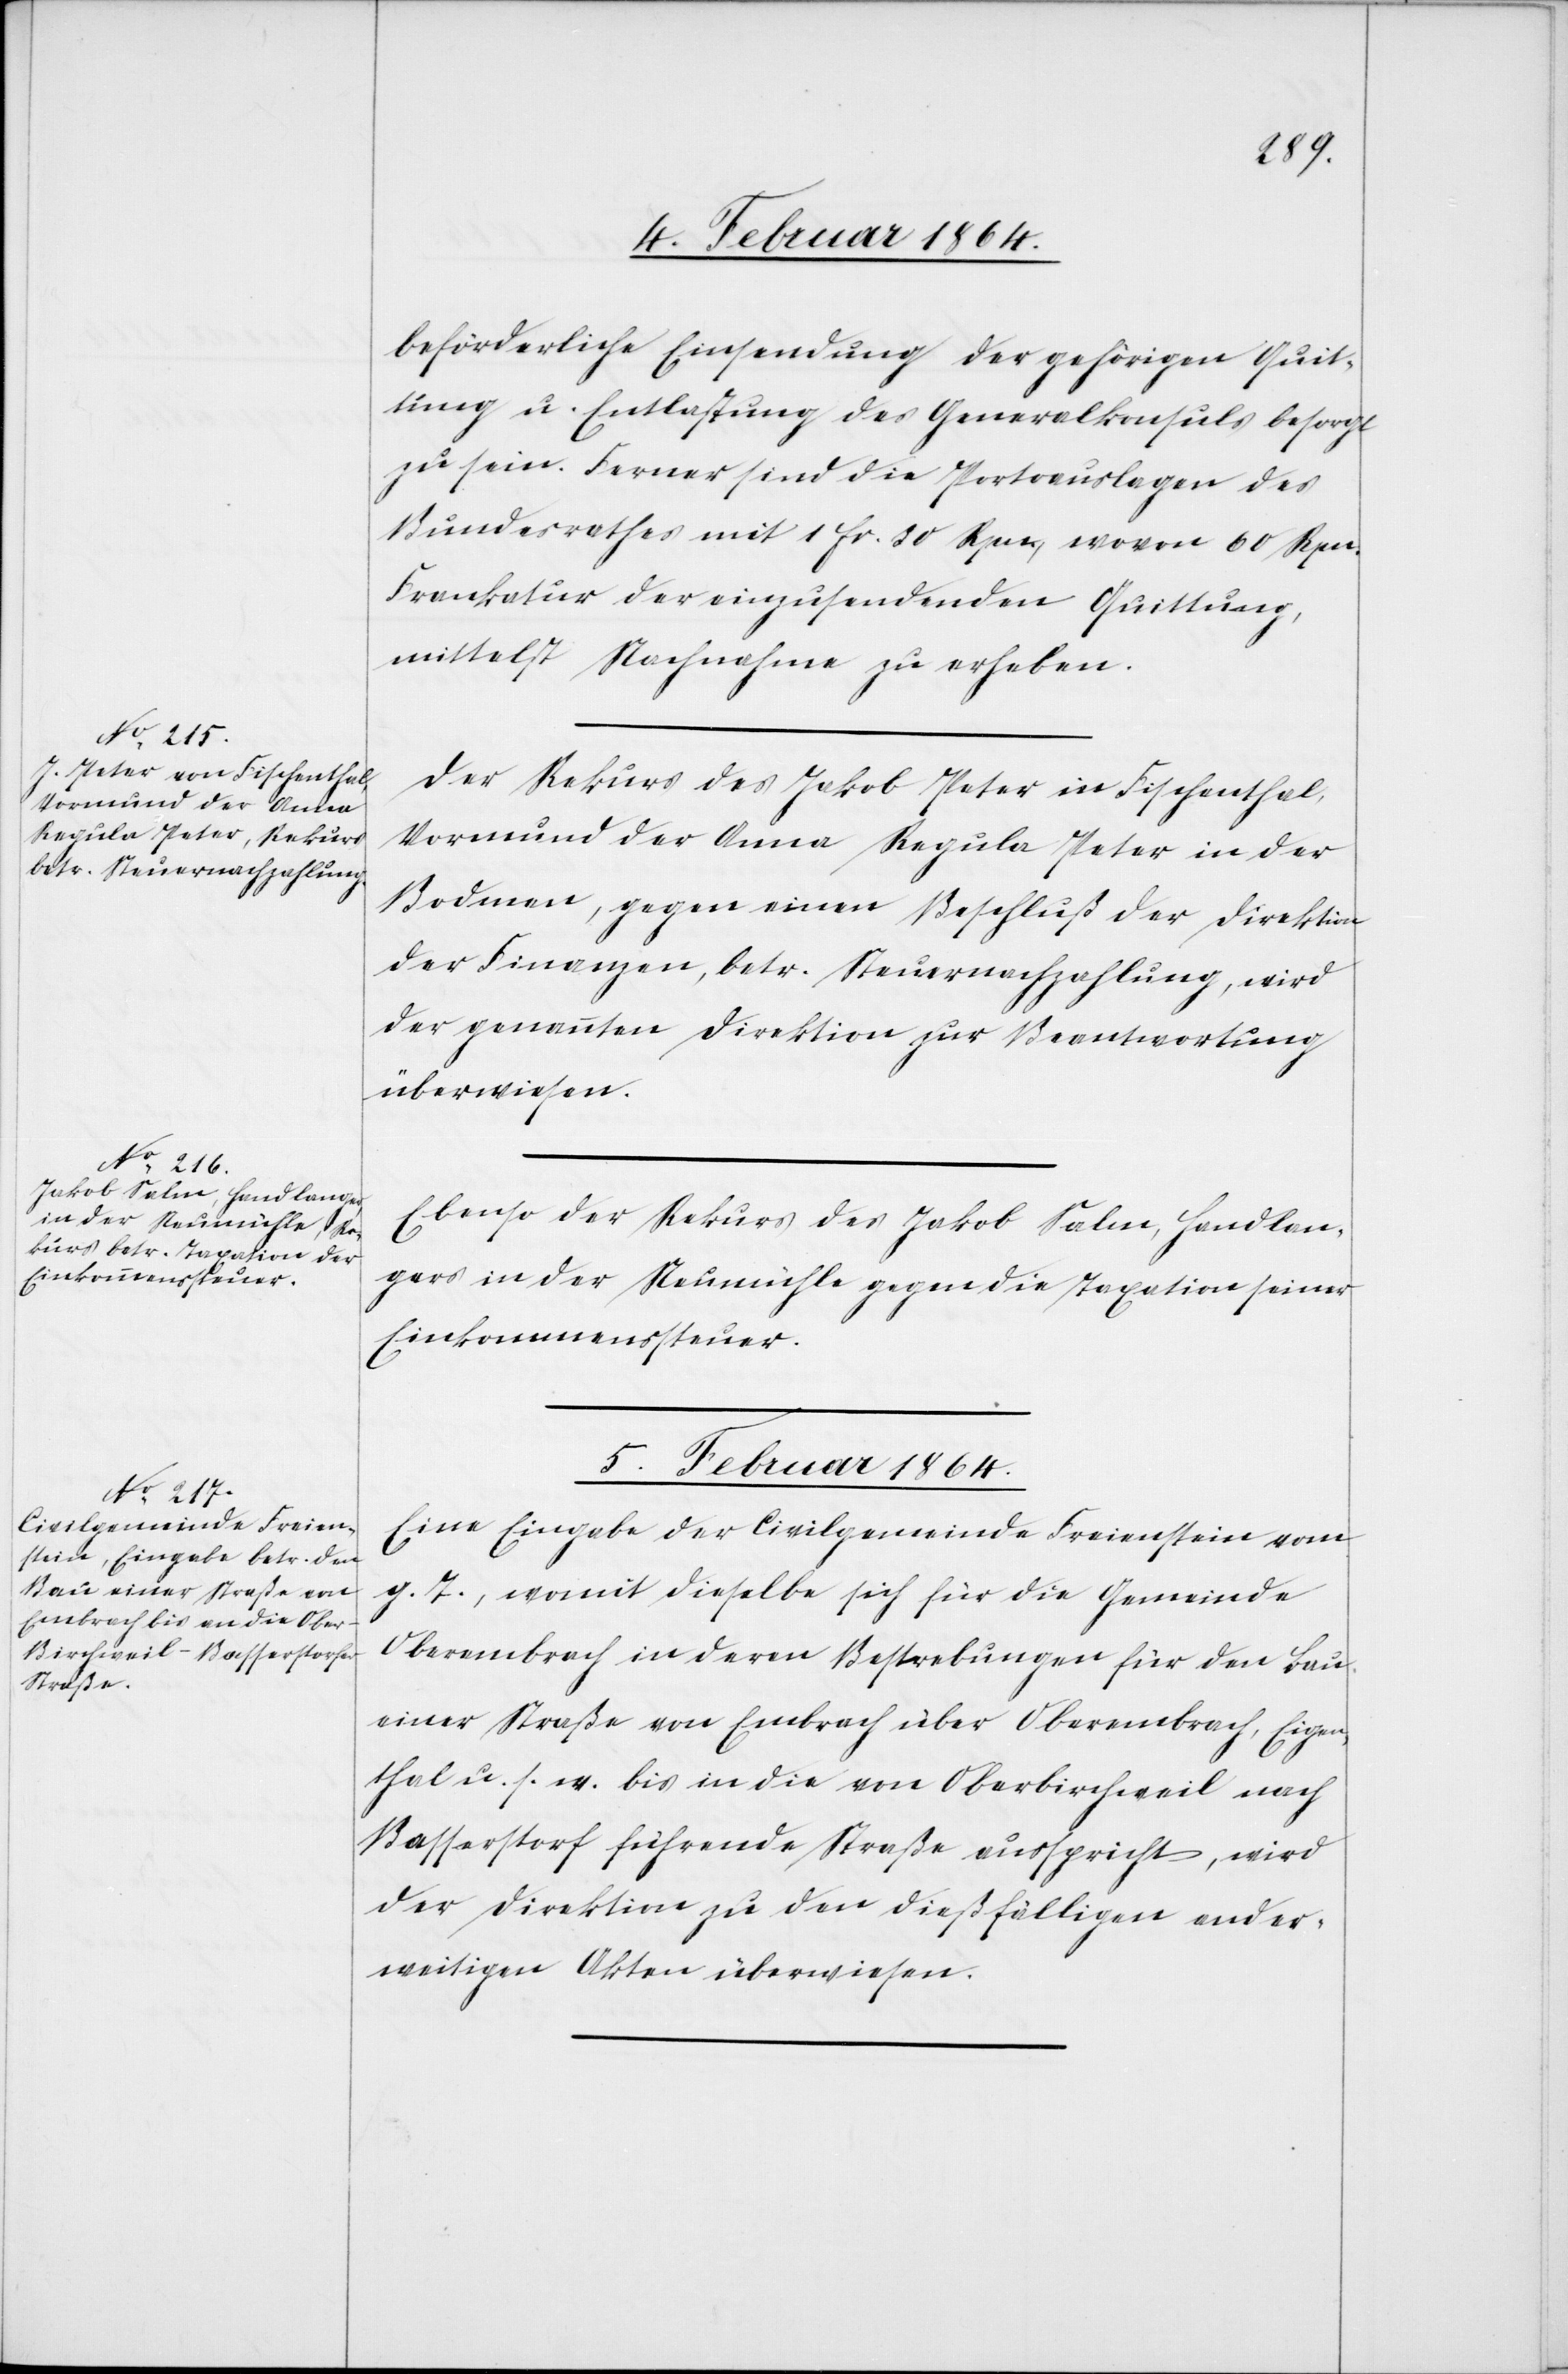
4. Februar 1864.]
beförderliche Einsendung der gehörigen Quit¬
tung u. Entlastung des Generalkonsuls besorgt
zu sein. Ferner sind die Portoauslagen des
Bundesrathes mit 1 fr. 30 Rpn, wovon 60 Rpn.
Frankatur der einzusendenden Quittung,
mittelst Nachnahme zu erheben.
Der Rekurs des Jakob Peter in Fischenthal,
Vormund der Anna Regula Peter in der
Bodmen, gegen einen Beschluß der Direktion
der Finanzen, betr. Steuernachzahlung, wird
der genannten Direktion zur Beantwortung
überwiesen.
Ebenso der Rekurs des Jakob Salm, Handlan¬
gers in der Neumühle gegen die Taxation seiner
Einkommenssteuer.
5. Februar 1864.
Eine Eingabe der Civilgemeinde Freienstein vom
g. T., womit dieselbe sich für die Gemeinde
Oberembrach in deren Bestrebungen für den Bau
einer Straße von Embrach über Oberembrach, Eigen¬
thal u. s. w. bis an die von Oberbirchweil nach
Basserstorf führende Straße ausspricht, wird
der Direktion zu den dießfälligen ander¬
weitigen Akten überwiesen.